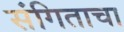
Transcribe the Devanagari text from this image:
संगिताचा